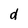
Character: d